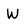
Character: W